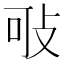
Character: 㪃